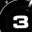
Digit: 3